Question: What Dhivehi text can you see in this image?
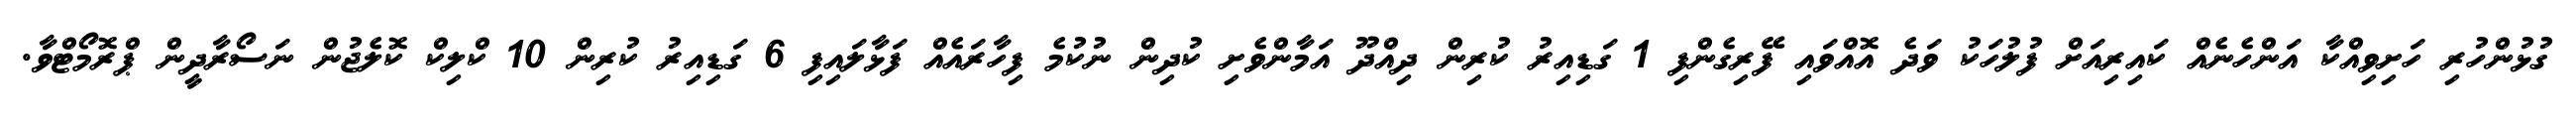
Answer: ގުޅުންހުރި ހަށިވިއްކާ އަންހެނެއް ކައިރިއަށް ފުލުހަކު ވަދެ އޮއްވައި ފޭރިގެންފި 1 ގަޑިއިރު ކުރިން ދިއްދޫ އަމާންވެށި ކުދިން ނުކުމެ ފިހާރައެއް ފަޅާލައިފި 6 ގަޑިއިރު ކުރިން 10 ކްލިކް ކޮލެޖުން ނަސޯރާދީން ޕްރޮމޯޓްވާ.